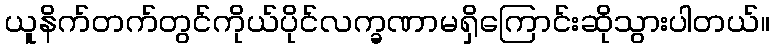
ယူနိက်တက်တွင်ကိုယ်ပိုင်လက္ခဏာမရှိကြောင်းဆိုသွားပါတယ်။